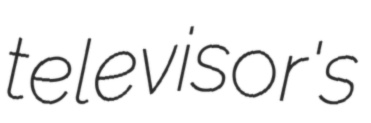
televisor's